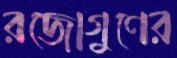
রজোগুণের